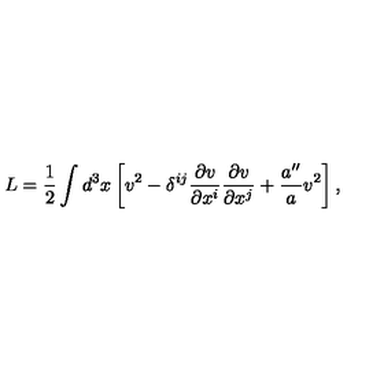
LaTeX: L = \frac { 1 } { 2 } \int d ^ { 3 } x \left[ v ^ { 2 } - \delta ^ { i j } \frac { \partial v } { \partial x ^ { i } } \frac { \partial v } { \partial x ^ { j } } + \frac { a ^ { \prime \prime } } { a } v ^ { 2 } \right] ,